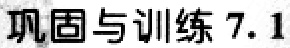
巩固与训练 7.1